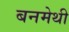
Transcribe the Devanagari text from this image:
बनमेथी